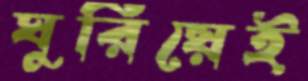
ঘুরিয়েই